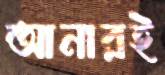
আনারই